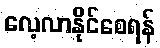
လေ့လာနိုင်စေရန်